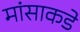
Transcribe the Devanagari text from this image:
मांसाकडे